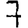
Digit: 7